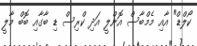
ކޯލްޑް" އާއި މެމްބާސް އޮންލީ އަދި ކްރިސް ޑި ބާގާއި ބޮބް މާލީ